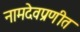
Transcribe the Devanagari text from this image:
नामदेवप्रणीत